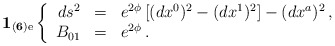
\begin{align*}{\bf 1_{(6){\rm e}}}\left\{\begin{array}{rcl}ds^2 &=& e^{2{\phi}}\left [(dx^0)^2-(dx^1)^2\right ] -(dx^a)^2\, ,\\ {B}_{01}&=& e^{2{\phi}}\, .\end{array}\right.\end{align*}